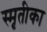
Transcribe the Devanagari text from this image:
स्मृतीका